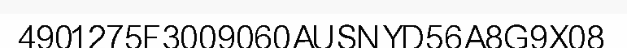
4901275F3009060AUSNYD56A8G9X08